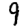
Digit: 9